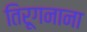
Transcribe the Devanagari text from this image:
तिरूगनाना